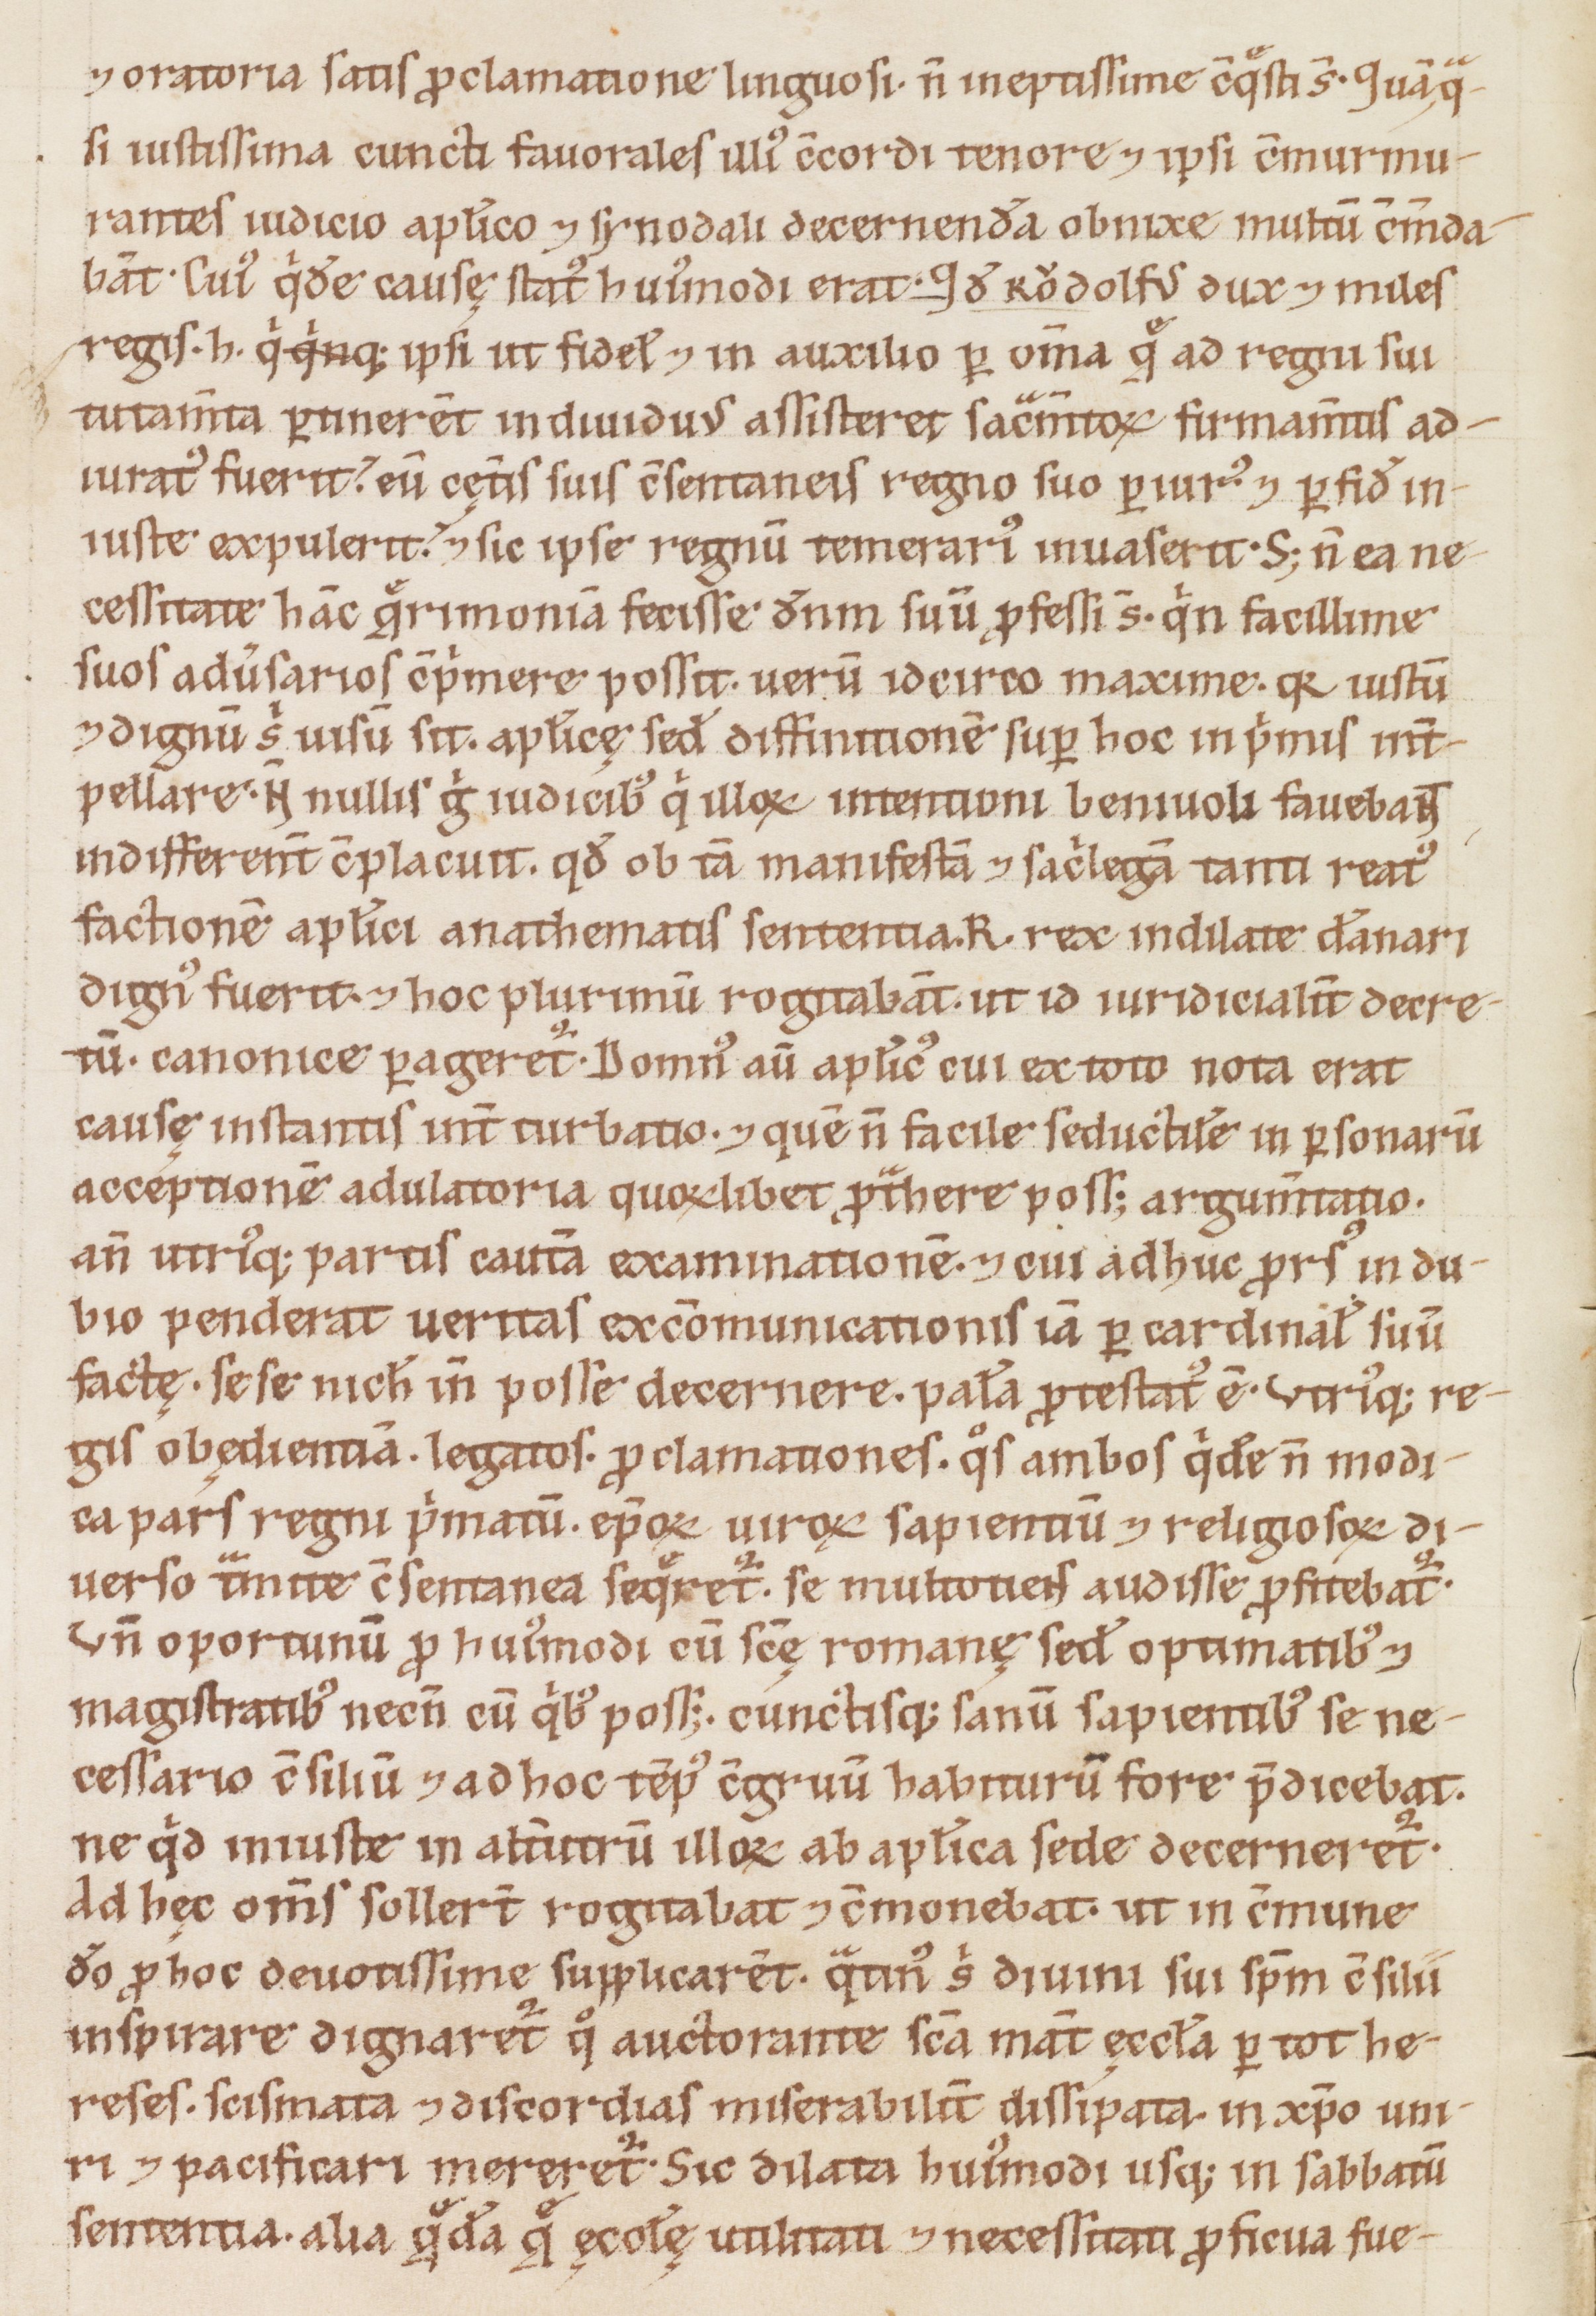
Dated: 1160–1190